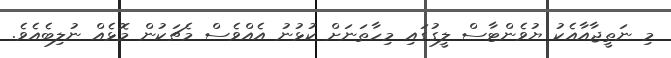
މި ނަތީޖާއާއެކު ޔުވެންޓާސް ލީގުގައި މިހާތަނަށް ކުޅުނު އެއްވެސް މެޗަކުން މޮޅެއް ނުލިބެއެވެ.